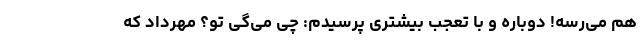
هم می­رسه! دوباره و با تعجب بیشتری پرسیدم: چی می­گی تو؟ مهرداد که